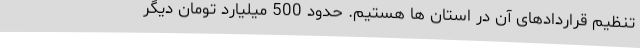
تنظیم قراردادهای آن در استان ها هستیم. حدود 500 میلیارد تومان دیگر